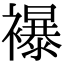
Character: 襮